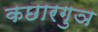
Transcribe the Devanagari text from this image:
कछारगुञ